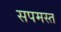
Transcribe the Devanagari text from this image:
सपमस्त